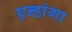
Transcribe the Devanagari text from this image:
एन्हांगा